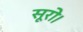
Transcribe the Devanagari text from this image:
सूरो।